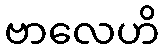
ဗာလေဟိ